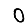
Digit: 0